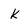
Character: k